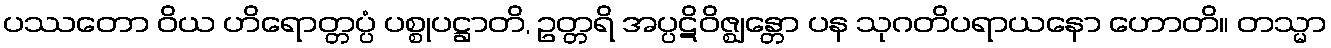
ပဿတော ဝိယ ဟိရောတ္တပ္ပံ ပစ္စုပဋ္ဌာတိ, ဥတ္တရိ အပ္ပဋိဝိဇ္ဈန္တော ပန သုဂတိပရာယနော ဟောတိ။ တသ္မာ